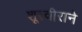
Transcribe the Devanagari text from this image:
शूरवीराने